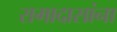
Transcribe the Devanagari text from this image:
रामादासांना